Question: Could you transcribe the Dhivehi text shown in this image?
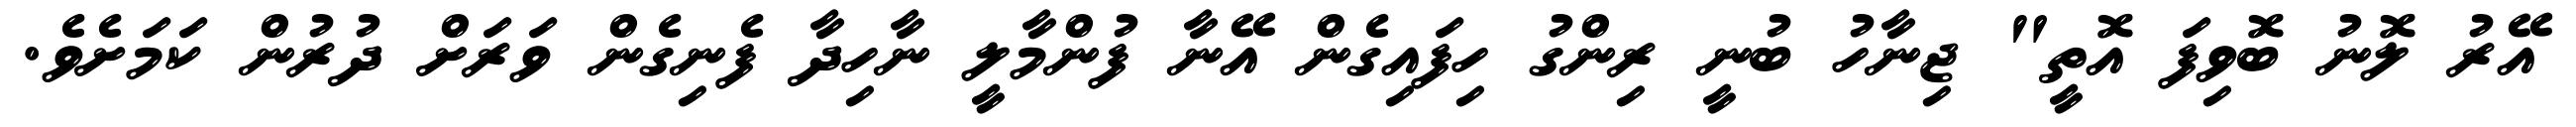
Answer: އޭރު ލޮނު ބޮވިފަ އޮތީ" ޖިނާހު ބުނީ ރިންގު ހިފައިގެން އޭނާ ފުންމާލީ ނާހިދާ ފެނިގެން ވަރަށް ދުރުން ކަމަށެވެ.